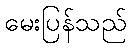
မေးပြန်သည်